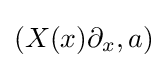
(X(x)\partial _{x},a)